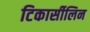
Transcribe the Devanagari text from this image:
टिकार्सीलिन